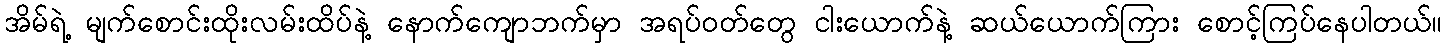
အိမ်ရဲ့ မျက်စောင်းထိုးလမ်းထိပ်နဲ့ နောက်ကျောဘက်မှာ အရပ်ဝတ်တွေ ငါးယောက်နဲ့ ဆယ်ယောက်ကြား စောင့်ကြပ်နေပါတယ်။